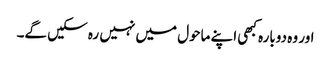
اور وہ دوبارہ کبھی اپنے ماحول میں نہیں رہ سکیں گے۔